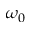
\omega _ { 0 }